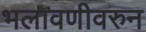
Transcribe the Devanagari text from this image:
भलावणीवरुन